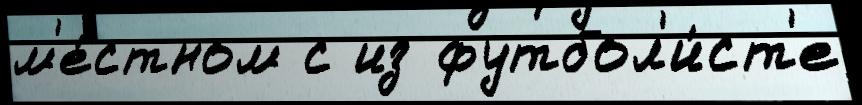
м'е́стном с из футбол'и́ст'е